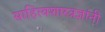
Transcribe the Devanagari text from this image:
साहित्यशास्त्रज्ञांनी